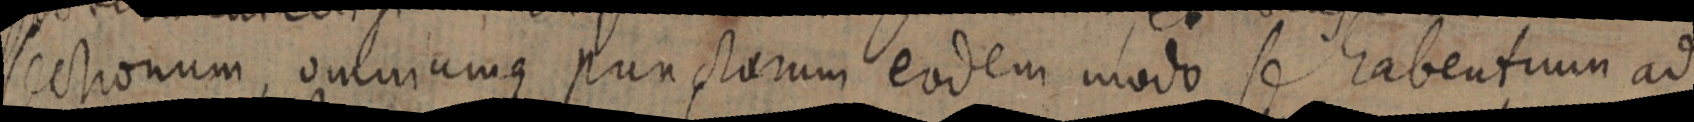
sectionum, omniumque punctorum eodem modo se habentium ad